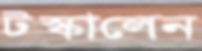
টস্‌কালেন